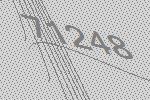
71248